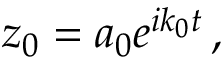
z _ { 0 } = a _ { 0 } e ^ { i k _ { 0 } t } \, ,